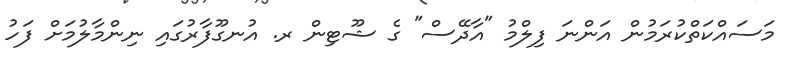
މަސައްކަތްކުރަމުން އަންނަ ފިލްމު "އާދޭސް" ގެ ޝޫޓިން ރ. އުނގޫފާރުގައި ނިންމާލުމަށް ފަހު